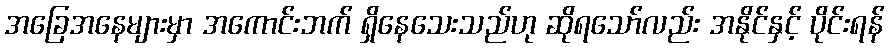
အခြေအနေများမှာ အကောင်းဘက် ရှိနေသေးသည်ဟု ဆိုရသော်လည်း အနိုင်နှင့် ပိုင်းရန်